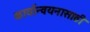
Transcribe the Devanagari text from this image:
कार्यान्वयनासाठी